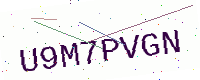
Text: U9M7PVGN